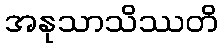
အနုသာသိဿတိ